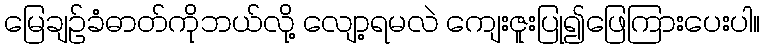
မြေချဉ်ခံဓာတ်ကိုဘယ်လို့ လျော့ရမလဲ ကျေးဇူးပြု၍ဖြေကြားပေးပါ။